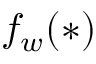
f _ { w } ( * )